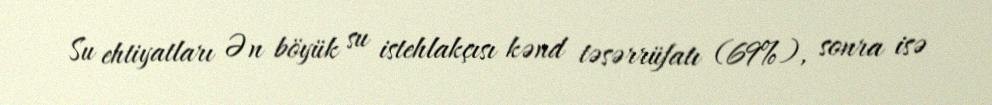
Su ehtiyatları Ən böyük su istehlakçısı kənd təsərrüfatı (69%), sonra isə